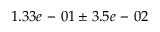
1 . 3 3 e \mathrm { ~ - ~ } 0 1 \pm 3 . 5 e \mathrm { ~ - ~ } 0 2